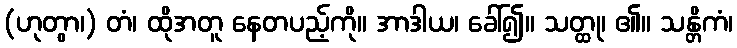
(ဟုတွာ၊) တံ၊ ထိုအတူ နေတပည့်ကို။ အာဒါယ၊ ခေါ်၍။ သတ္ထု၊ ၏။ သန္တိကံ၊